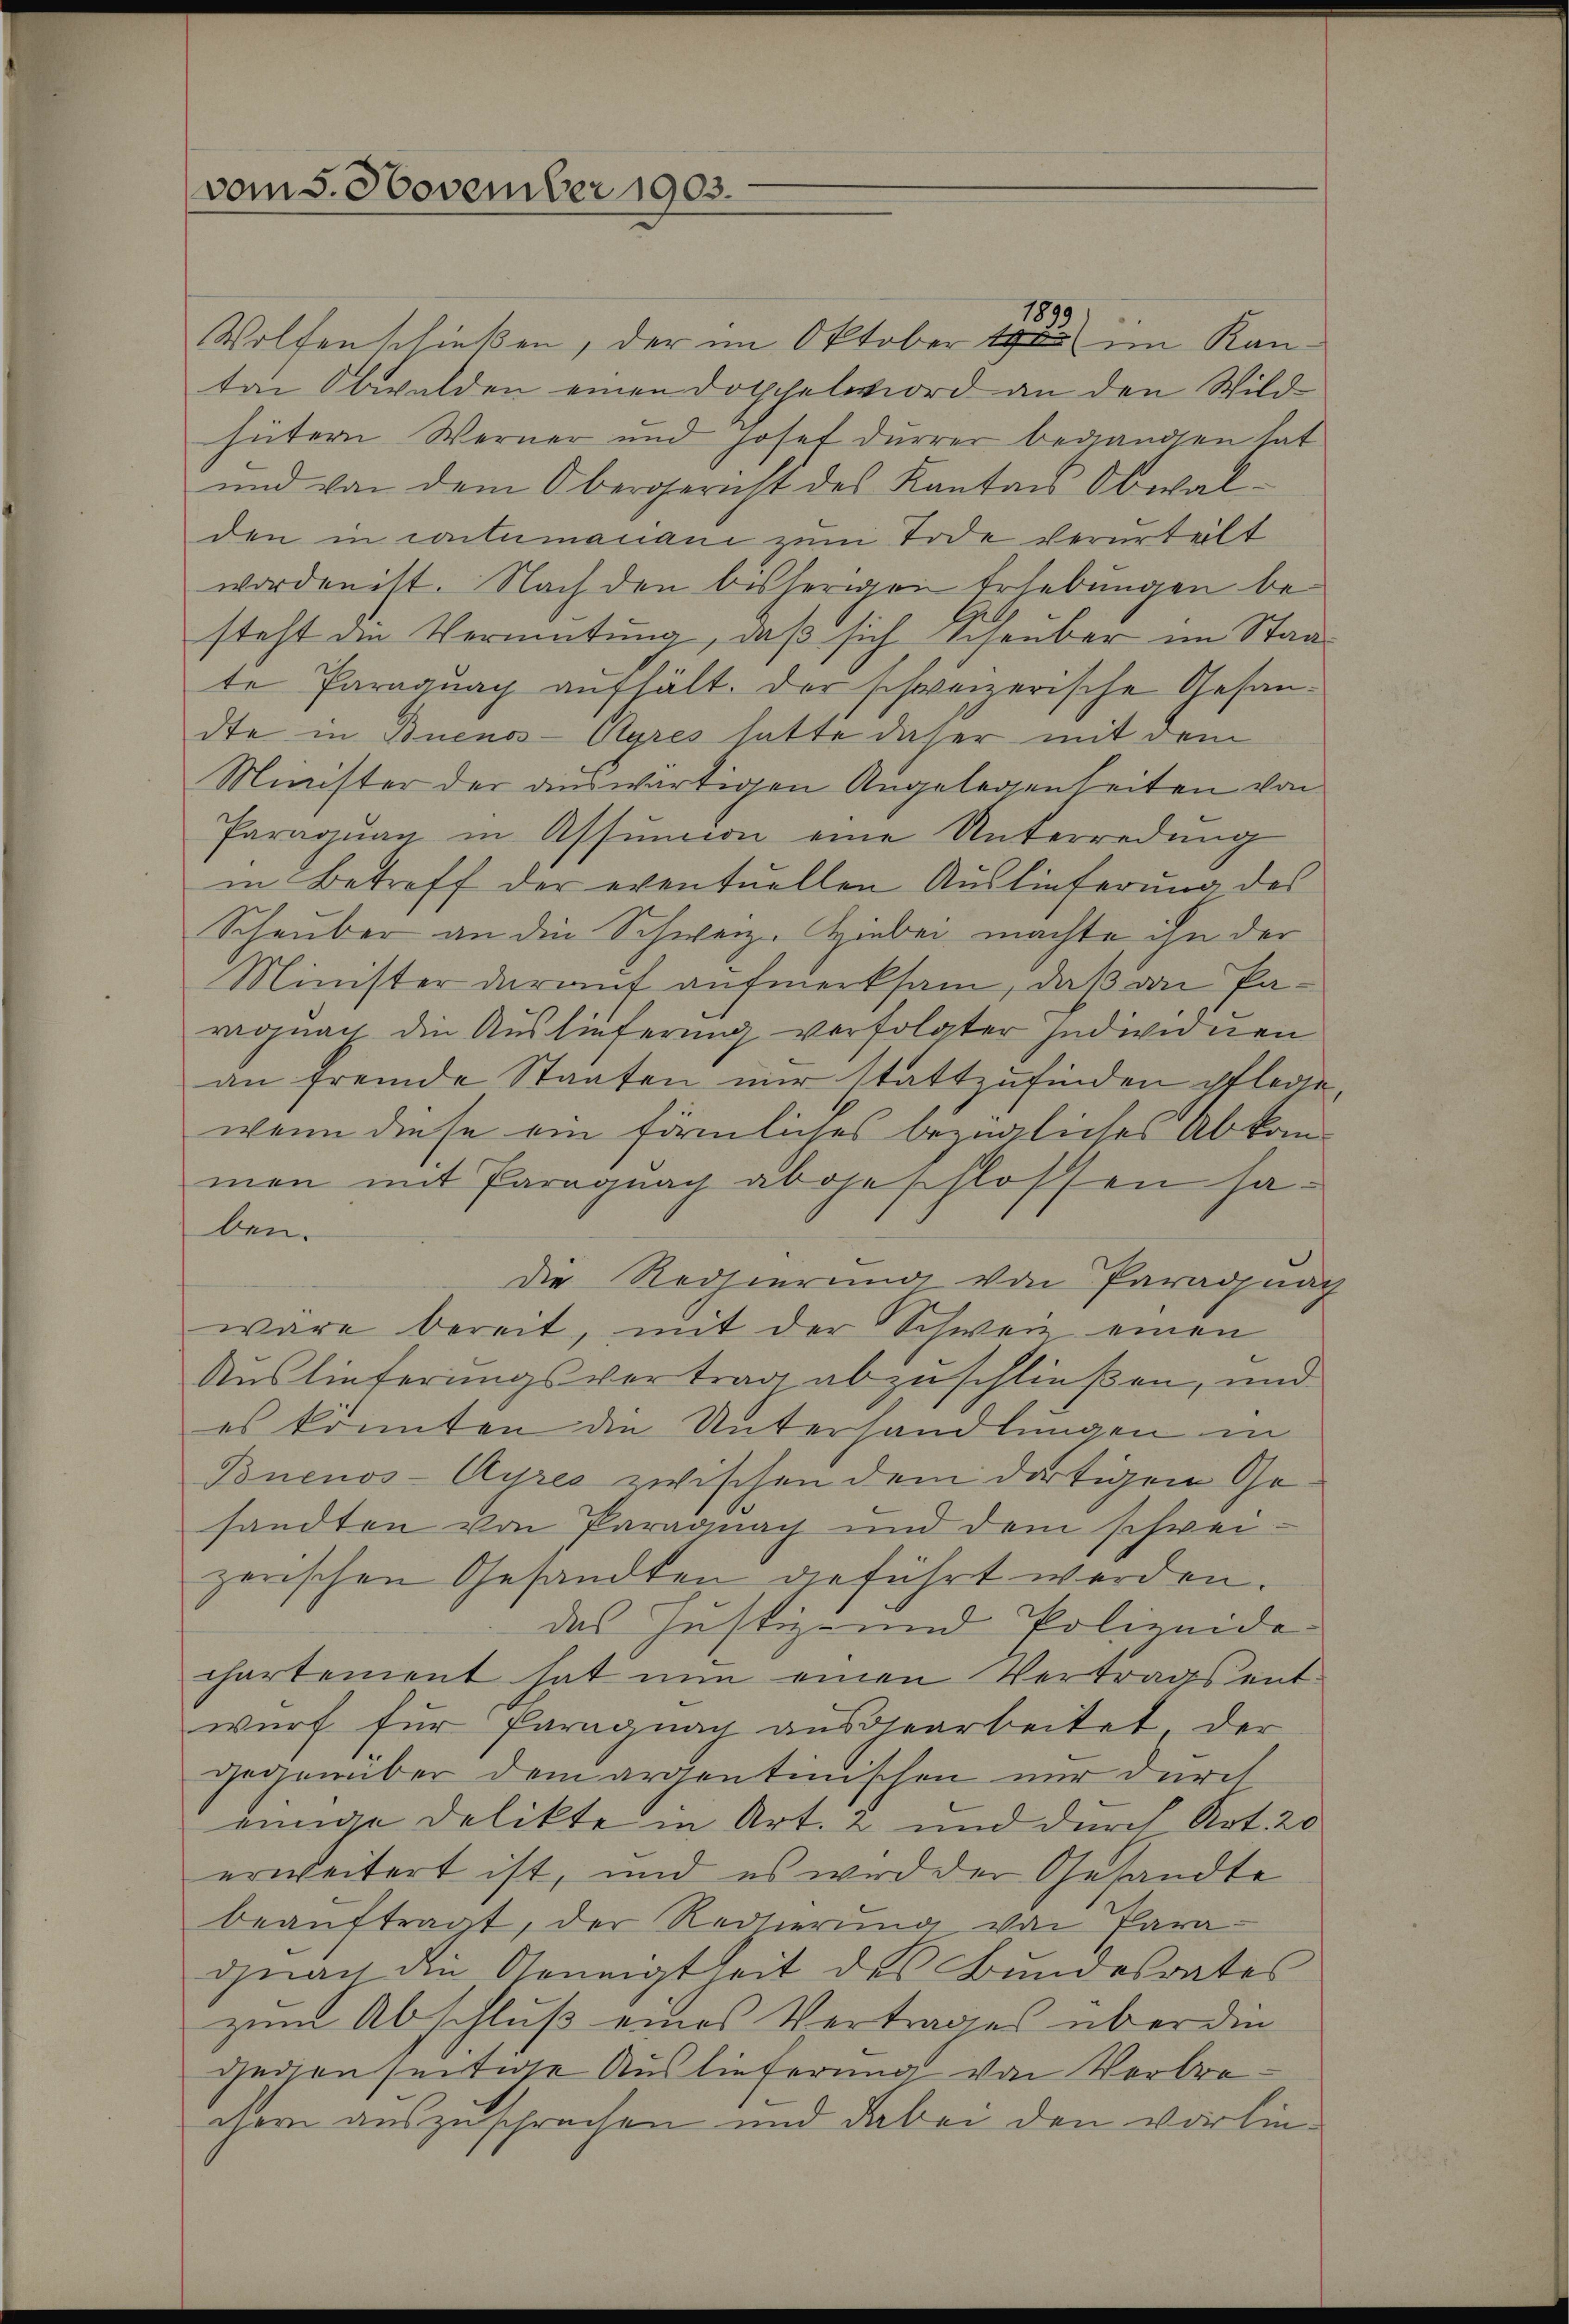
vom 5. November 1903.

Wolfenschießen, der im Oktober 1900 im Kanten Obwalden einen Dotschelmord an den Wild
hütern Werner und Josef Dürrer begangen hat
und von dem Obergericht des Kanton Obwal-
den in contumaciani zum Tode verurteilt
worden ist. Nach den bisherigen Erhebungen besteht die Vermutung, daß sich Scheuber im Staate Paragnach aufhält. Der schweizerische Gesandte in Buenos-Ayres hatte dieser mit dem
Minister der auswärtigen Angelegenheiten von
Paragŭng in Assŭnion eine Unterredŭng
in Betreff der eventuellen Auslieferung des
Schauber an die Schweiz. Hiebei machte, ihn der
Minister darauf aufmerksam, daß von Paragnach die Auslieferung verfolgter Indivinen
an fremde Staaten mir stattzufinden pflege,
wenn diese ein förmliches bezügliches Abkommen mit Paragung abgeschlossen haben.
Die Redhierung von Paradnach
wäre bereit, mit der Schweiz einen
Auslieferungsvertrag abzuschließen, und
es konnten die Unterhandlungen in
Buenos-Ayres zwischen dem dortigen Gesandten von Paragnach und dem schweizerischen Gesandten geführt werden.
das Justiz- und Polizeide
chartement hat nun einen Vertragsent-
wurf für Paragnach ausgearbeitet, der
gegenüber dem argontinischen nur durch
einige Delikte in Art. 2 und durch Art. 20
erweitert ist, und es wird der Gesandte
beauftragt, der Redsierung von Para-
gnau die Geneigtheit des Bundesrates
zum Abschluß eines Vertrages über die
gegen seitige Auslieferung von Verbrechem auszusprechen und dabei den vorlie¬

1899